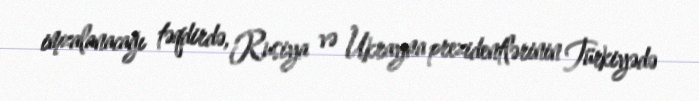
imzalanacağı təqdirdə, Rusiya və Ukrayna prezidentlərinin Türkiyədə